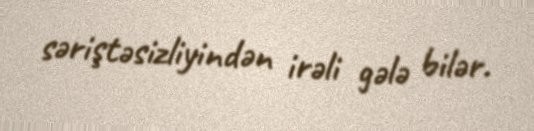
səriştəsizliyindən irəli gələ bilər.